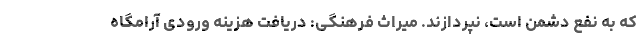
که به نفع دشمن است، نپردازند. میراث فرهنگی: دریافت هزینه ورودی آرامگاه